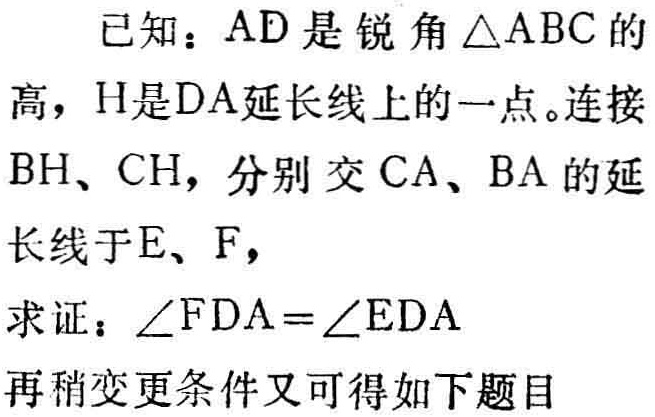
已知：$AD$是锐角$\triangle ABC$的高，$H$是$DA$延长线上的一点。连接$BH$、$CH$，分别交$CA$、$BA$的延长线于$E$、$F$，

求证：$\angle FDA = \angle EDA$

再稍变更条件又可得如下题目